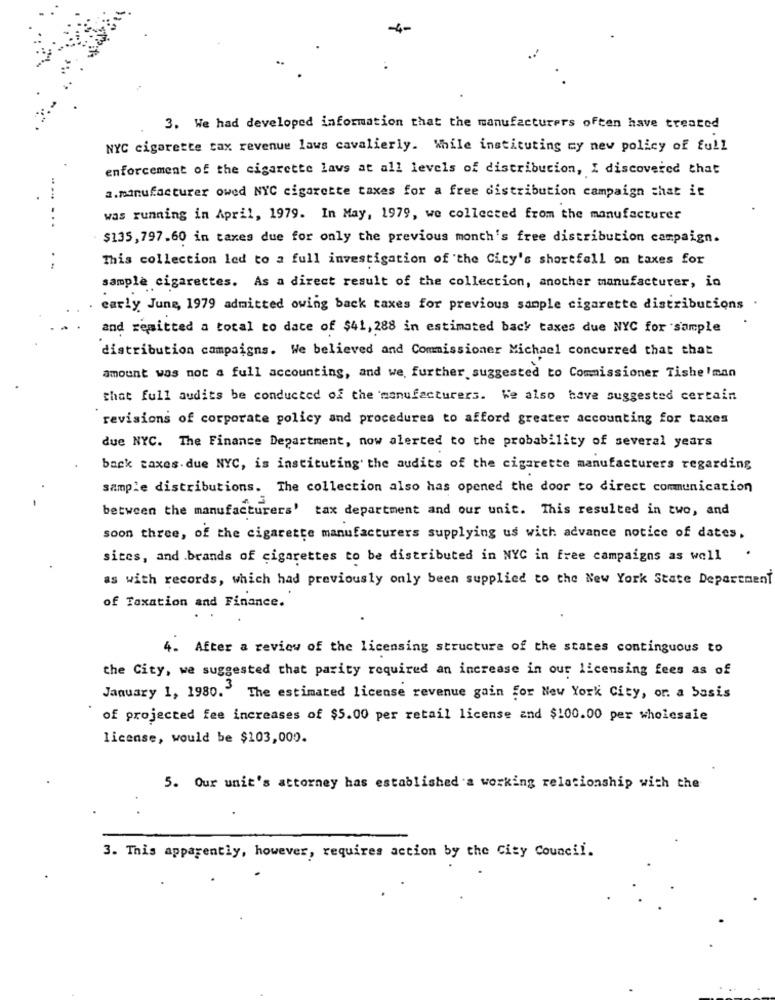
-4-
3. We had developed information that the manufacturers often have treated
NYC cigarette tax revenue laws cavalierly. While instituting my new policy of full
enforcement of the cigarette laws at all levels of distribution, I discovered that
a.manufacturer owed NYC cigarette taxes for a free distribution campaign that it
was running in April, 1979. In May, 1979, we collected from the manufacturer
$135,797.60 in taxes due for only the previous month's free distribution campaign.
This collection led to a full investigation of the City's shortfall on taxes for
..
sample cigarettes. As a direct result of the collection, another manufacturer, in
early June, 1979 admitted owing back taxes for previous sample cigarette distributions
and remitted a total to date of $41,288 in estimated back taxes due NYC for sample
distribution campaigns. We believed and Commissioner Michael concurred that that
amount was not a full accounting, and we, further suggested to Commissioner Tishe 'man
that full audits be conducted of the manufacturers. We also have suggested certain
revisions of corporate policy and procedures to afford greater accounting for taxes
due NYC. The Finance Department, now alerted to the probability of several years
back taxes. due NYC, is instituting the audits of the cigarette manufacturers regarding
sample distributions. The collection also has opened the door to direct communication
between the manufacturers' tax department and our unit. This resulted in two, and
soon three, of the cigarette manufacturers supplying us with advance notice of dates,
sites, and brands of cigarettes to be distributed in NYC in free campaigns as well
as with records, which had previously only been supplied to the New York State Department
of Taxation and Finance.
After a review of the licensing structure of the states continguous to
the City, we suggested that parity required an increase in our licensing fees as of
January 1, 1980. The estimated license revenue gain for New York City, or. a basis
of projected fee increases of $5.00 per retail license and $100.00 per wholesale
license, would be $103,000.
5. Our unit's attorney has established'a working relationship with the
3. This apparently, however, requires action by the City Council.